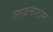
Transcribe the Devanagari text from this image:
लखनाराम